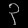
Digit: ၃